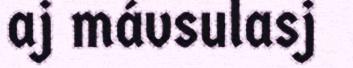
aj mávsulasj